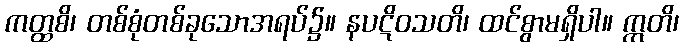
ကတ္ထစိ၊ တစ်စုံတစ်ခုသောအရပ်၌။ နပဋိဝသတိ၊ ထင်စွာမရှိပါ။ ဣတိ၊